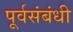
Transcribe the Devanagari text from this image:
पूर्वसंबंधी